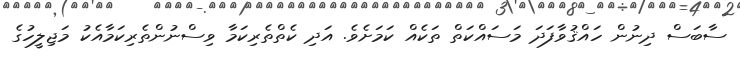
ސާބަސް ދިނުން ހައްޤުވާފަދަ މަސައްކަތް ތަކެއް ކަމަށެވެ. އަދި ކެތްތެރިކަމާ ވިސްނުންތެރިކަމާއެކު މަޖިލީހުގެ